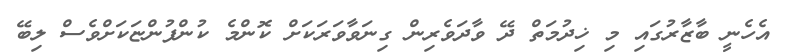
އެހެނީ ބާޒާރުގައި މި ޚިދުމަތް ދޭ ވާދަވެރިން ގިނަވާވަރަކަށް ކޮންމެ ކުންފުންޏަކަށްވެސް ލިބޭ